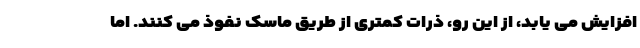
افزایش می یابد، از این رو، ذرات کمتری از طریق ماسک نفوذ می کنند. اما